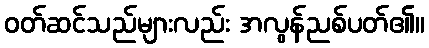
ဝတ်ဆင်သည်များလည်း အလွန်ညစ်ပတ်၏။